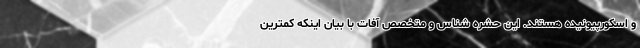
و اسکورپیونیده هستند. این حشره شناس و متخصص آفات با بیان اینکه کمترین